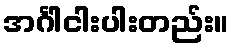
အင်္ဂါငါးပါးတည်း။